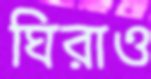
ঘিরাও